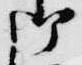
御